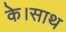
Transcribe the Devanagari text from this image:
के।साथ